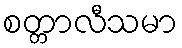
စတ္တာလီသမာ